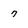
Character: 7